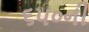
૬૫૦ની